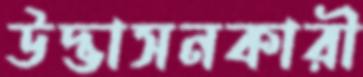
উদ্ভাসনকারী